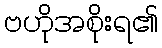
ဗဟိုအစိုးရ၏